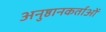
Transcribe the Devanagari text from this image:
अनुष्ठानकर्ताओं